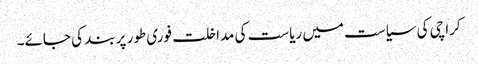
کراچی کی سیاست میں ریاست کی مداخلت فوری طور پر بند کی جائے۔